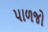
પાળજો